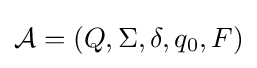
{\mathcal {A}}=(Q,\Sigma ,\delta ,q_{0},F)